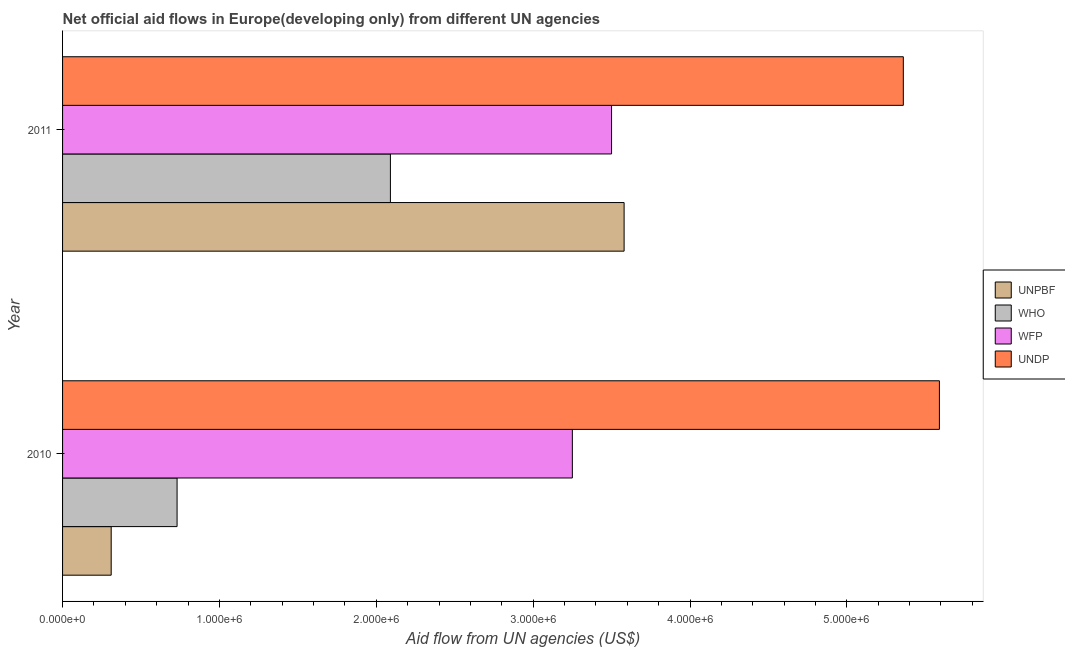
| Year | UNPBF | WHO | WFP | UNDP |
 | --- | --- | --- | --- | --- |
 | 2010 | 3.1e+05 | 7.3e+05 | 3.25e+06 | 5.59e+06 |
 | 2011 | 3.58e+06 | 2.09e+06 | 3.5e+06 | 5.36e+06 |